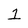
Character: 1